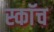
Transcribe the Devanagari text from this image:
स्काॅच